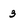
Character: 3